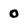
Character: 0